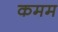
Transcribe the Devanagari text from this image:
कमम